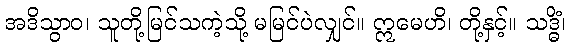
အဒိသွာဝ၊ သူတို့မြင်သကဲ့သို့ မမြင်ပဲလျှင်။ ဣမေဟိ၊ တို့နှင့်။ သဒ္ဓိံ၊